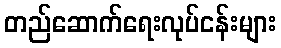
တည်ဆောက်ရေးလုပ်ငန်းများ